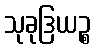
သုခုဒြယဉ္စ